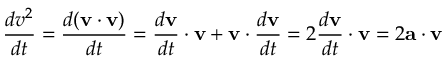
{ \frac { d v ^ { 2 } } { d t } } = { \frac { d ( \mathbf { v } \cdot \mathbf { v } ) } { d t } } = { \frac { d \mathbf { v } } { d t } } \cdot \mathbf { v } + \mathbf { v } \cdot { \frac { d \mathbf { v } } { d t } } = 2 { \frac { d \mathbf { v } } { d t } } \cdot \mathbf { v } = 2 \mathbf { a } \cdot \mathbf { v }